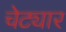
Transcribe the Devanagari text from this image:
चेट्यार